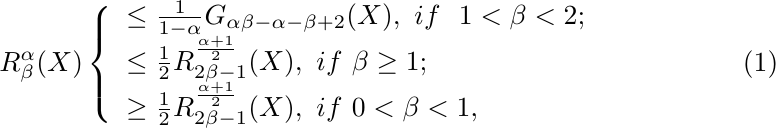
\begin{equation}\label{eq3.7*}
	R^\alpha_\beta(X)\left\{
		\begin{array}{ll}
			 \leq \frac{1}{1-\alpha}G_{\alpha\beta-\alpha-\beta+2}(X),~
			if~~1<\beta<2;
			\\
			\leq\frac{1}{2}R^{\frac{\alpha+1}{2}}_{2\beta-1}(X),~if~ \beta\geq1;
			\\
			\geq\frac{1}{2}R^{\frac{\alpha+1}{2}}_{2\beta-1}(X),~if~ 0<\beta<1,
		\end{array}
		\right.
	\end{equation}